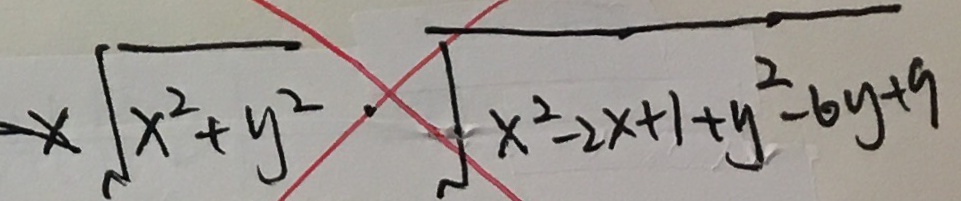
x \sqrt { x ^ { 2 } + y ^ { 2 } } \cdot \sqrt { x ^ { 2 } - 2 x + 1 + y ^ { 2 } - 6 y + 9 }